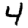
Digit: 4